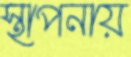
স্থাপনায়